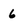
Character: 6